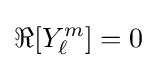
\Re [Y_{\ell }^{m}]=0